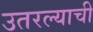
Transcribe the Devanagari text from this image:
उतरल्याची